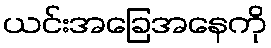
ယင်းအခြေအနေကို